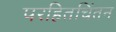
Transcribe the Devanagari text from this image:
परहितचिंतन